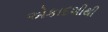
એકાદશીથી